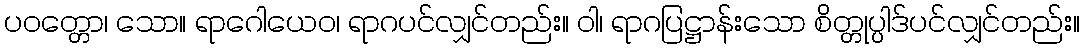
ပဝတ္တော၊ သော။ ရာဂေါယေဝ၊ ရာဂပင်လျှင်တည်း။ ဝါ၊ ရာဂပြဋ္ဌာန်းသော စိတ္တုပ္ပါဒ်ပင်လျှင်တည်း။